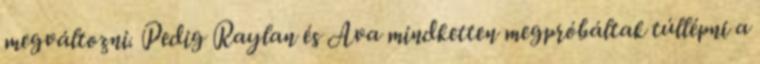
megváltozni. Pedig Raylan és Ava mindketten megpróbáltak túllépni a